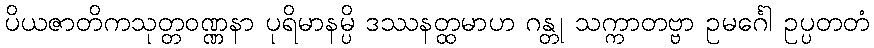
ပိယဇာတိကသုတ္တဝဏ္ဏနာ ပုရိမာနမ္ပိ ဒဿနတ္ထမာဟ ဂန္တု သက္ကာတဗ္ဗာ ဥမင်္ဂေါ ဥပ္ပတတံ